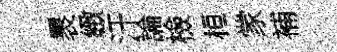
褁緻汗論檢桓䝉補